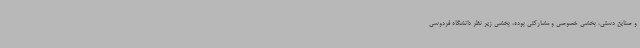
و صنایع ‌دستی، بخشی خصوصی و مشارکتی بوده، بخشی زیر نظر دانشگاه فردوسی